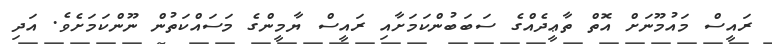
ރައީސް މައުމޫނަށް އޮތް ތާޢީދެއްގެ ސަބަބުންކަމަށާއި ރައީސް ޔާމީންގެ މަސައްކަތުން ނޫންކަމަށެވެ. އަދި